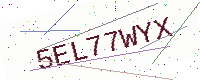
Text: 5EL77WYX